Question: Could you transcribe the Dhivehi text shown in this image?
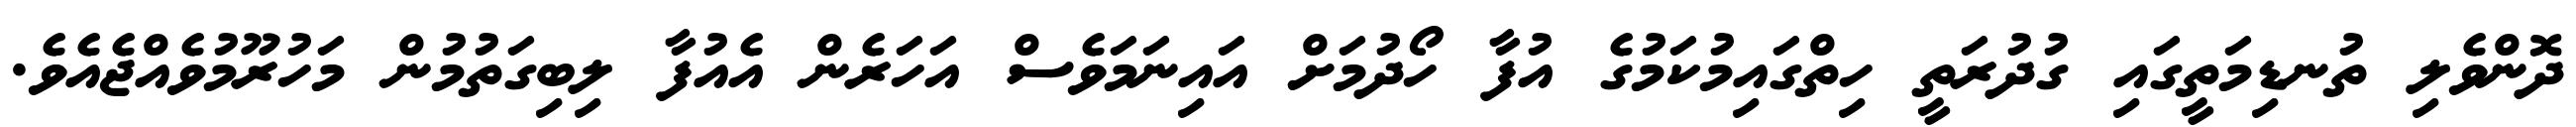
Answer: ދޮންވެލި ތުނޑިމަތީގައި ގުދުރަތީ ހިތްގައިމުކަމުގެ އުފާ ހޯދުމަށް އައިނަމަވެސް އަހަރެން އެއުފާ ލިބިގަތުމުން މަހުރޫމުވެއްޖެއެވެ.